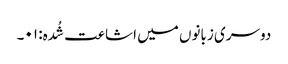
دوسری زبانوں میں اشاعت شُدہ: ۰۱۔